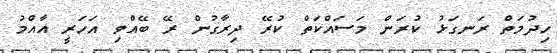
ހިދުމަތް ރަނގަޅު ކުރަން މަސައްކަތް ކުރޭ ދިރާގުން ރޭ ބޭއްވި އަހަރީ އާއްމު